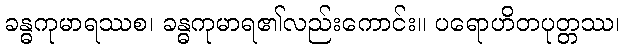
ခန္ဓကုမာရဿစ၊ ခန္ဓကုမာရ၏လည်းကောင်း။ ပရောဟိတပုတ္တဿ၊